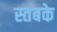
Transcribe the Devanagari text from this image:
स्तबके